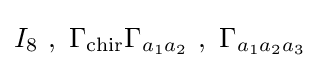
I_{8}~,~\Gamma _{\text{chir}}\Gamma _{a_{1}a_{2}}~,~\Gamma _{a_{1}a_{2}a_{3}}